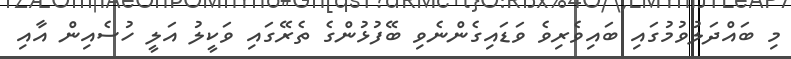
މި ބައްދަލުވުމުގައި ބައިވެރިވެ ވަޑައިގެންނެވި ބޭފުޅުންގެ ތެރޭގައި ވަކީލު އަލީ ހުސެއިން އާއި